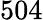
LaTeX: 504